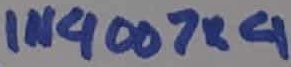
Text: IN4007×4